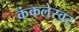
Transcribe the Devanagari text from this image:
कंकलेस्वर